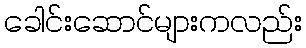
ခေါင်းဆောင်များကလည်း